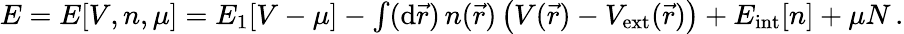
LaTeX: \begin{array}{r}{E=E[V,n,\mu]=E_{1}[V-\mu]-\int(\mathrm{d}\vec{r})\, n(\vec{r})\, \big(V(\vec{r})-V_{\mathrm{ext}}(\vec{r})\big)+E_{\mathrm{int}}[n]+\mu N\, .}\end{array}